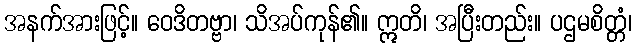
အနက်အားဖြင့်။ ဝေဒိတဗ္ဗာ၊ သိအပ်ကုန်၏။ ဣတိ၊ အပြီးတည်း။ ပဌမစိတ္တံ၊